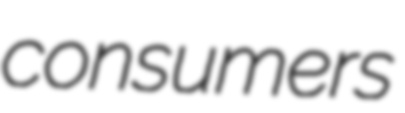
consumers